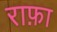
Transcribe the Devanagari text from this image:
राफ़ा